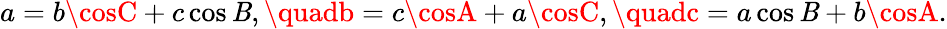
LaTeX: a=b\cosC+c\cos\mathit{B},\quadb=c\cosA+a\cosC,\quadc=a\cos\mathit{B}+b\cosA.